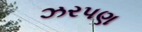
ઝરપણ